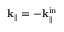
{ \bf k } _ { \parallel } = - { \bf k } _ { \parallel } ^ { \mathrm { i n } }